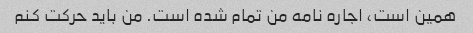
همین است، اجاره نامه من تمام شده است. من باید حرکت کنم